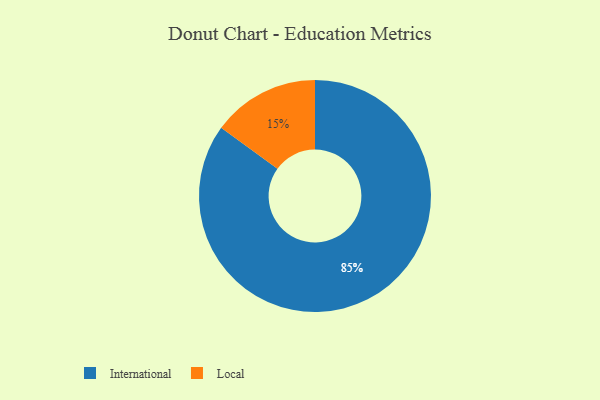
{"axis": {"x": "Category", "y": "Percentage"}, "legend": ["International", "Local"], "data": [{"x": "Local", "y": 15, "type": "Local"}, {"x": "International", "y": 85, "type": "International"}]}